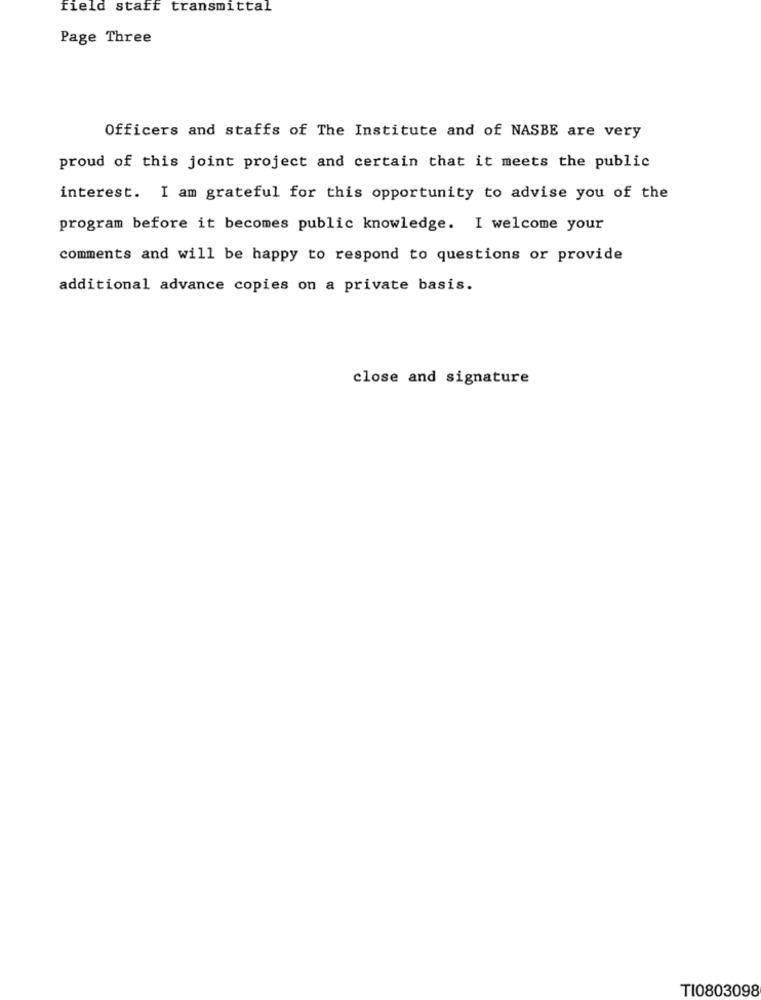
field staff transmittal
Page Three
Officers and staffs of The Institute and of NASBE are very
proud of this joint project and certain that it meets the public
interest. I am grateful for this opportunity to advise you of the
program before it becomes public knowledge. I welcome your
comments and will be happy to respond to questions or provide
additional advance copies on a private basis.
close and signature
TI0803098